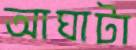
আঘাটা